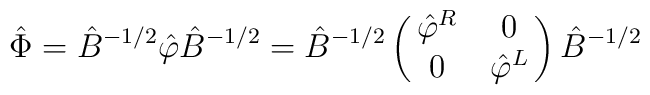
\hat \Phi = \hat B^{-1/2} \hat\varphi \hat B^{-1/2} = \hat B^{-1/2}      \left( \matrix{ \hat\varphi^R & 0 \cr 0 & \hat\varphi^L} \right)       \hat B^{-1/2}